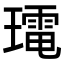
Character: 𭺀